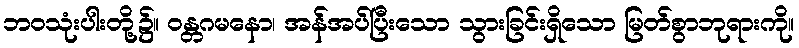
ဘဝသုံးပါးတို့၌။ ဝန္တဂမနော၊ အန်အပ်ပြီးသော သွားခြင်းရှိသော မြတ်စွာဘုရားကို။